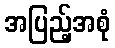
အပြည့်အစုံ